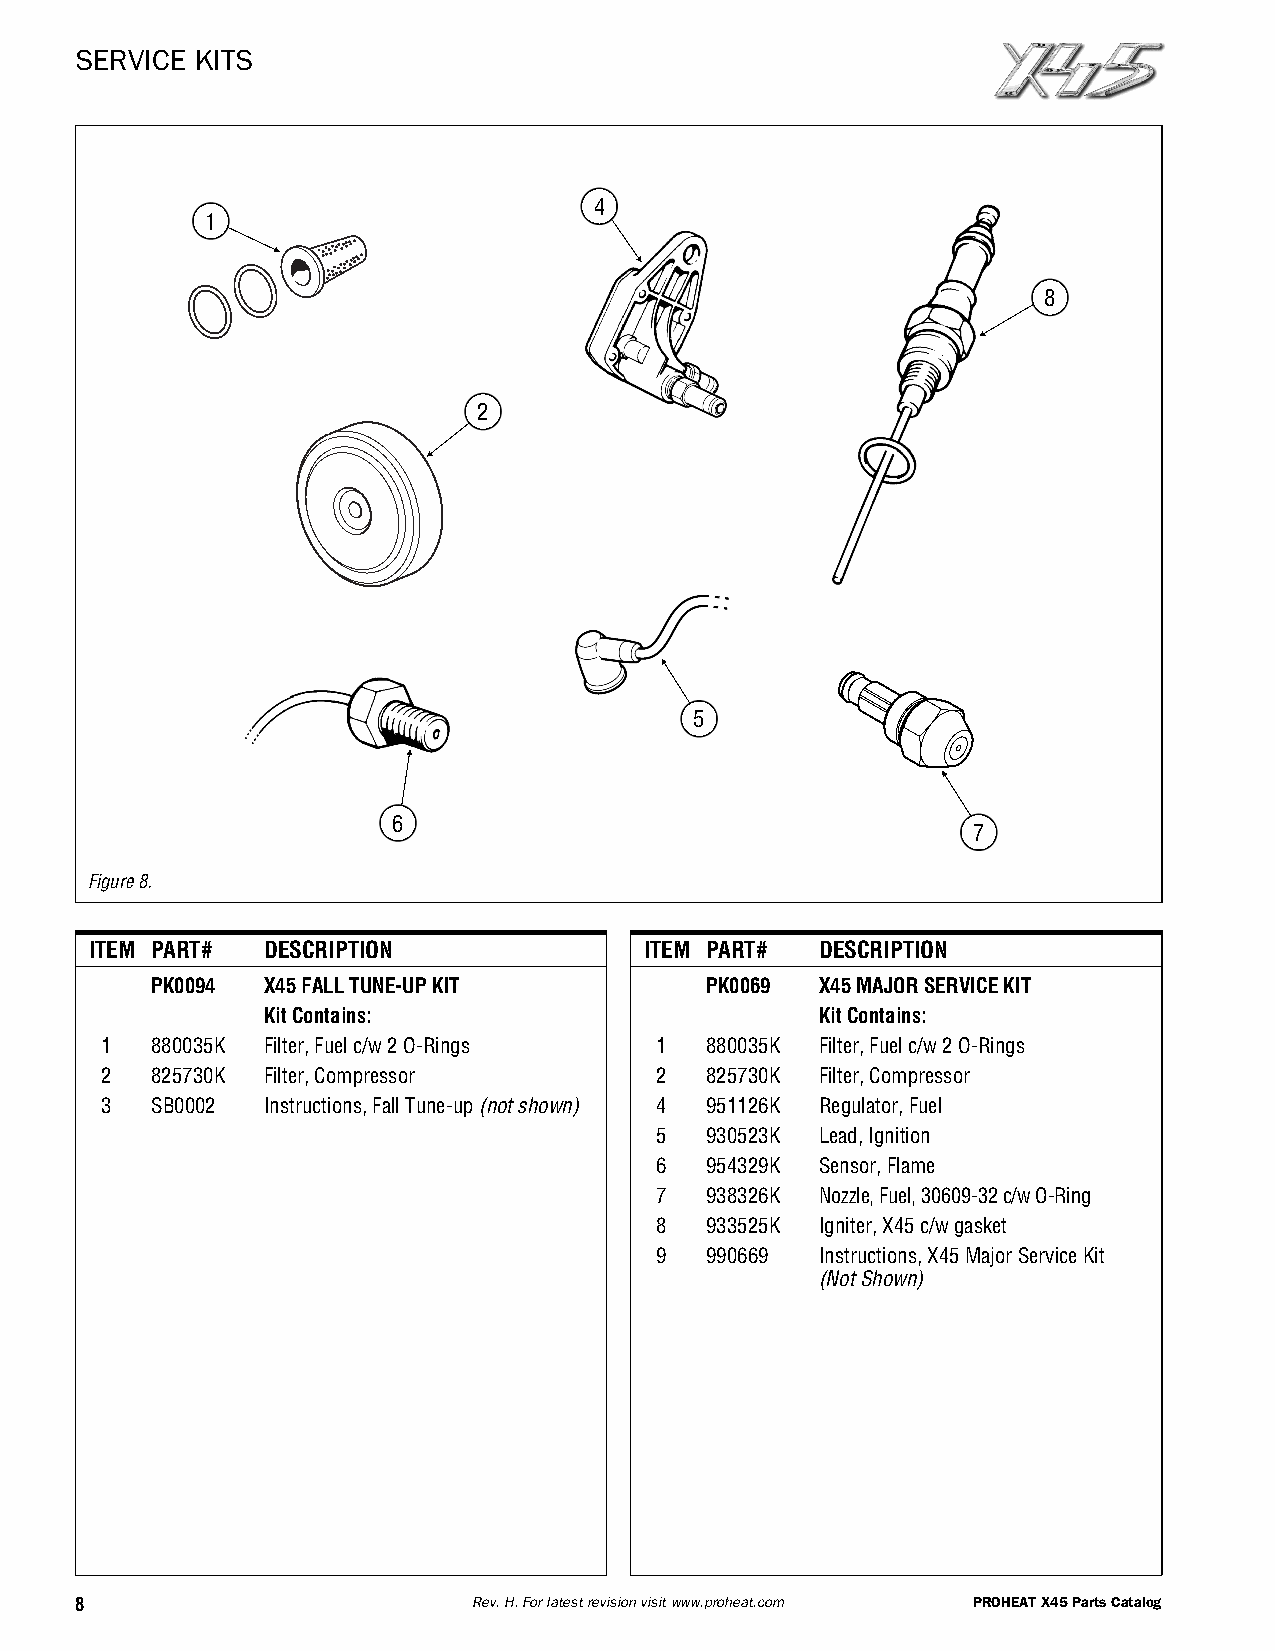
SERVICE KITS
 4
 1
 8
 2
 5
 6
 7
 Figure8.
 ITEM PART# DESCRIPTION               ITEM PART# DESCRIPTION
 PK0094 X45FALLTUNE-UPKIT             PK0069 X45MAJORSERVICEKIT
 KitContains:                         KitContains:
 1  880035K Filter,Fuelc/w2O-Rings   1   880035K Filter,Fuelc/w2O-Rings
 2  825730K Filter,Compressor        2   825730K Filter,Compressor
 3  SB0002 Instructions,FallTune-up(notshown) 4 951126K Regulator,Fuel
 5   930523K Lead,Ignition
 6   954329K Sensor,Flame
 7   938326K Nozzle,Fuel,30609-32c/wO-Ring
 8   933525K Igniter,X45c/wgasket
 9   990669 Instructions,X45MajorServiceKit
 (NotShown)
 8                         Rev.H.Forlatestrevisionvisitwww.proheat.com PROHEATX45PartsCatalog